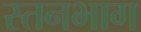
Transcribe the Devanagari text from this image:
स्तनभाग